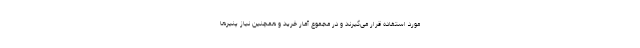
مورد استفاده قرار می‌گیرند و در مجموع آمار خرید و همچنین نیاز پنیرها